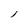
Character: l